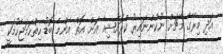
އަދި މިރޭގެ މެޗަށް ނުކުންނައިރު ކްރޮއޭޝިއާ އަށް އޮތް އެންމެ ބޮޑު ހިތްހަމަޖެހުމަކީ